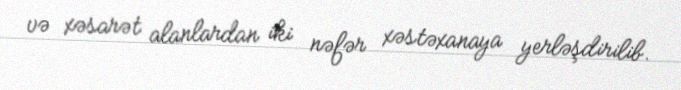
və xəsarət alanlardan iki nəfər xəstəxanaya yerləşdirilib.